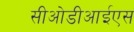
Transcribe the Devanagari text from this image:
सीओडीआईएस